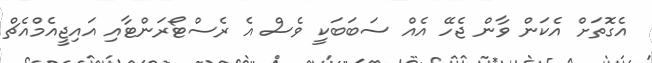
އެގޮތަށް އެކަން ވާން ޖެހޭ އެއް ސަބަބަކީ ވެސް އެ ރެސްޓޯރަންޓާއި އައިޖީއެމްއެޗް